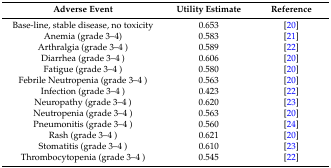
<table><thead><tr><td><b>Adverse Event</b></td><td><b>Utility Estimate</b></td><td><b>Reference</b></td></tr></thead><tbody><tr><td>Base-line, stable disease, no toxicity</td><td>0.653</td><td>[20]</td></tr><tr><td>Anemia (grade 3–4)</td><td>0.583</td><td>[21]</td></tr><tr><td>Arthralgia (grade 3–4 )</td><td>0.589</td><td>[22]</td></tr><tr><td>Diarrhea (grade 3–4 )</td><td>0.606</td><td>[20]</td></tr><tr><td>Fatigue (grade 3–4 )</td><td>0.580</td><td>[20]</td></tr><tr><td>Febrile Neutropenia (grade 3–4 )</td><td>0.563</td><td>[20]</td></tr><tr><td>Infection (grade 3–4 )</td><td>0.423</td><td>[22]</td></tr><tr><td>Neuropathy (grade 3–4 )</td><td>0.620</td><td>[23]</td></tr><tr><td>Neutropenia (grade 3–4 )</td><td>0.563</td><td>[20]</td></tr><tr><td>Pneumonitis (grade 3–4 )</td><td>0.560</td><td>[24]</td></tr><tr><td>Rash (grade 3–4 )</td><td>0.621</td><td>[20]</td></tr><tr><td>Stomatitis (grade 3–4 )</td><td>0.610</td><td>[23]</td></tr><tr><td>Thrombocytopenia (grade 3–4 )</td><td>0.545</td><td>[22]</td></tr></tbody></table>